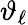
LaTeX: \vartheta_{\ell}